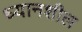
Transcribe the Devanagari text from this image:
ध्यानशील